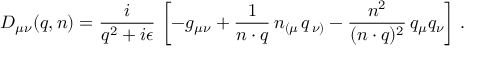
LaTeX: D _ { \mu \nu } ( q , n ) = \frac { i } { q ^ { 2 } + i \epsilon } \, \left[ - g _ { \mu \nu } + \frac { 1 } { n \cdot q } \, n _ { \left( \mu \right. } q _ { \left. \nu \right) } - \frac { n ^ { 2 } } { ( n \cdot q ) ^ { 2 } } \, q _ { \mu } q _ { \nu } \right] \, .